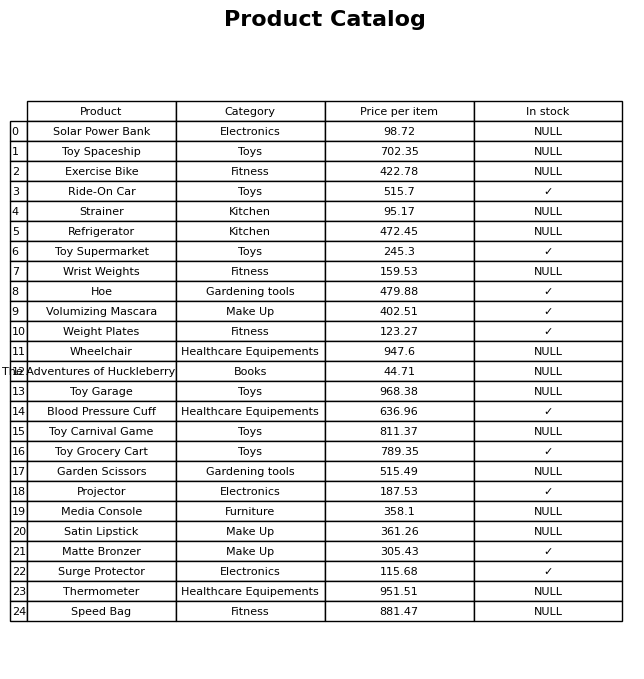
question: What category does the Volumizing Mascara belong to?
answer: Make Up